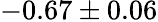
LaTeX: -0.67\pm 0.06